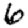
Digit: 6